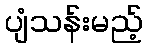
ပျံသန်းမည့်